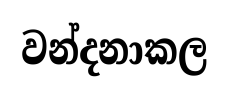
වන්දනාකල